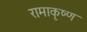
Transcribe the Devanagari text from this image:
रामाकृष्ण